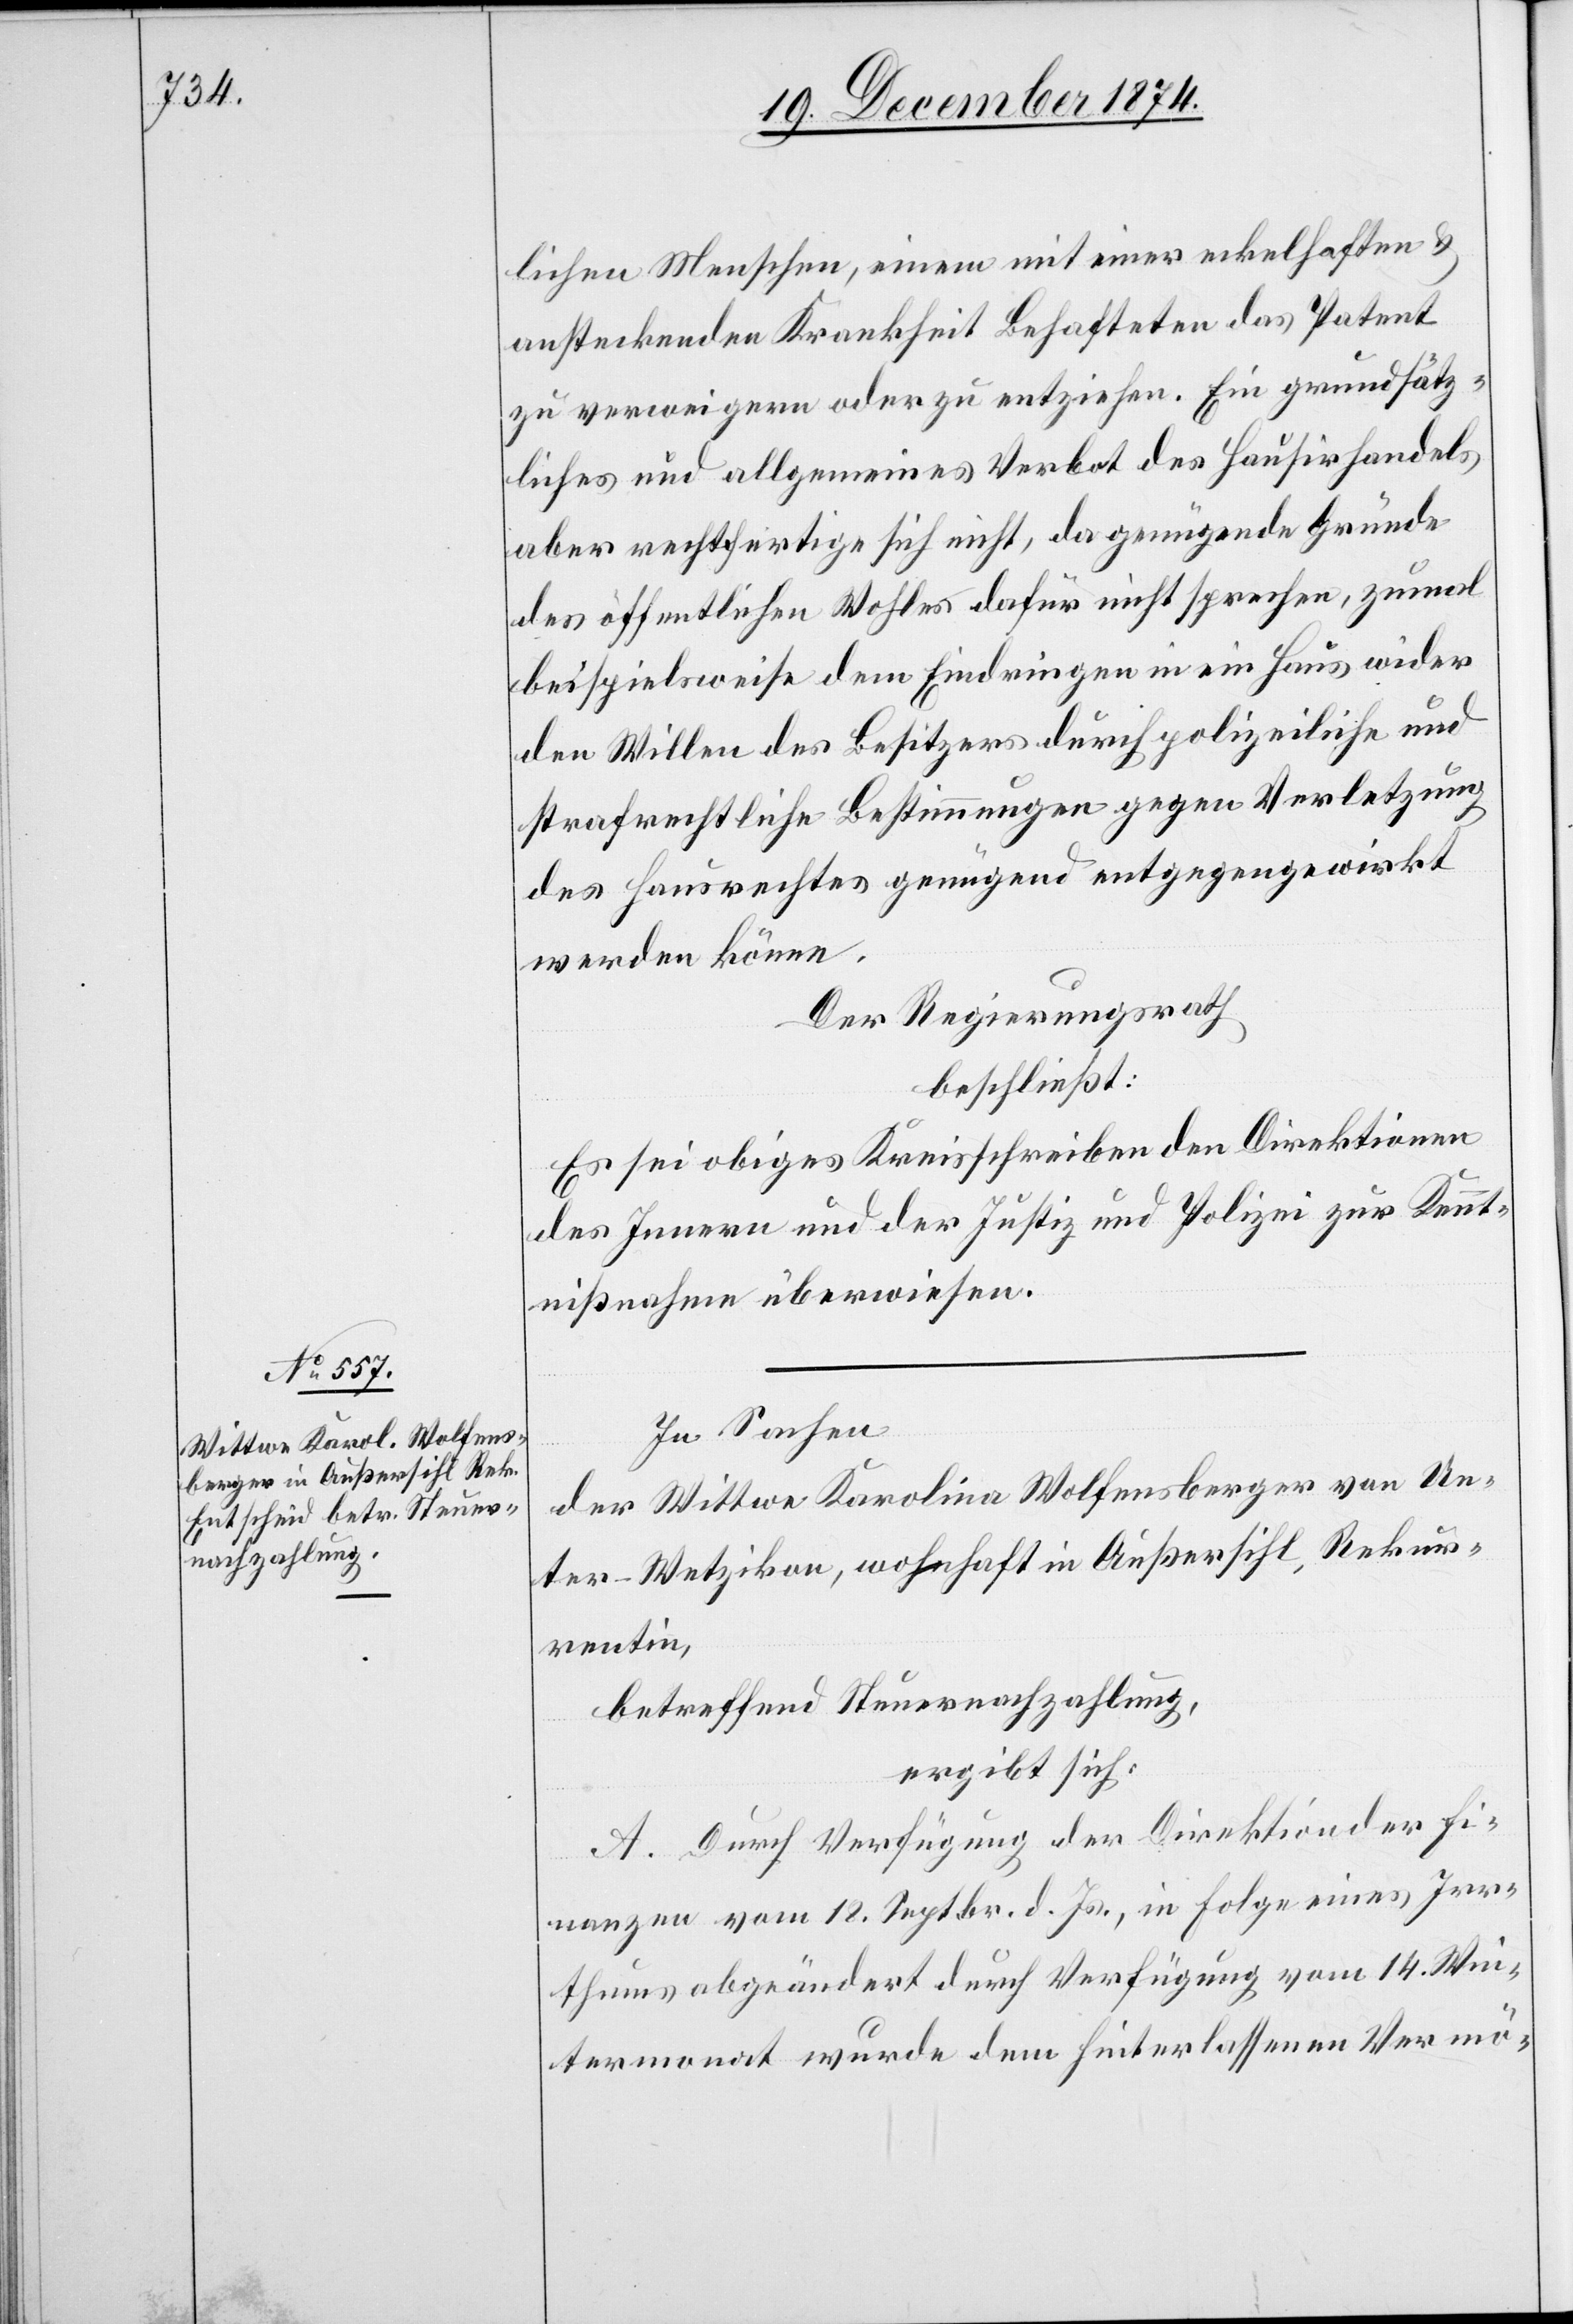
lichen Menschen, einen mit einer eckelhaften &
ansteckenden Krankheit Behafteten das Patent
zu verweigern oder zu entziehen. Ein grundsätz¬
liches und allgemeines Verbot des Hausirhandels
aber rechtfertige sich nicht, da genügende Gründe
des öffentlichen Wohles dafür nicht sprechen, zumal
beispielsweise dem Eindringen in ein Haus wieder
den Willen des Besitzers durch polizeiliche und
strafrechtliche Bestimmungen gegen Verletzung
des Hausrechtes genügend entgegengewirkt
werden könne.
Der Regierungsrath
beschließt:
Es sei obiges Kreisschreiben den Direktionen
des Innern und der Justiz und Polizei zur Kennt¬
nißnahme überwiesen.
In Sachen
der Wittwe Karolina Wolfensberger von Un¬
ter-Wetzikon, wohnhaft in Außersihl, Rekur¬
rentin,
betreffend Steuernachzahlung,
ergibt sich:
A. Durch Verfügung der Direktion der Fi¬
nanzen vom 18. Septbr. d. Js., in Folge eines Irr¬
thums abgeändert durch Verfügung vom 14. Win¬
termonat wurde dem Hinterlassenen Vermö-